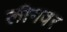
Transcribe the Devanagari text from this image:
लीगवर